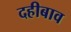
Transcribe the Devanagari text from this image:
दहीबाव